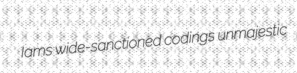
Iams wide-sanctioned codings unmajestic